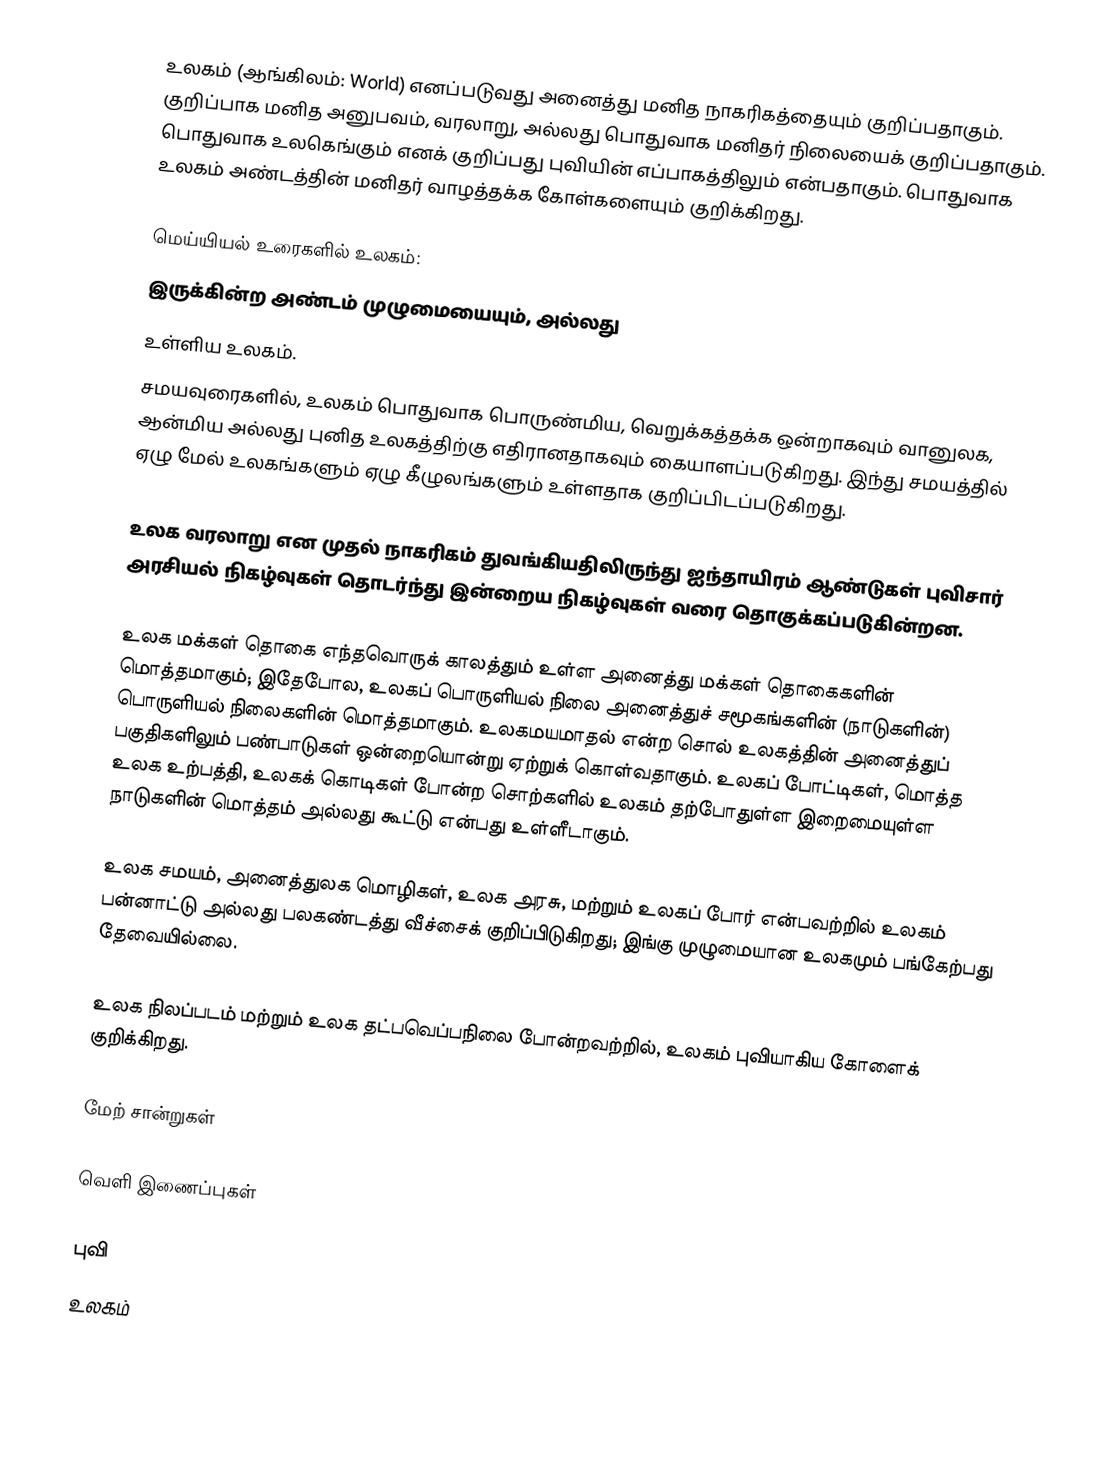
உலகம் (ஆங்கிலம்: World) எனப்படுவது அனைத்து மனித நாகரிகத்தையும் குறிப்பதாகும். குறிப்பாக மனித அனுபவம், வரலாறு, அல்லது பொதுவாக மனிதர் நிலையைக் குறிப்பதாகும்.  பொதுவாக உலகெங்கும் எனக் குறிப்பது புவியின் எப்பாகத்திலும் என்பதாகும்.  பொதுவாக உலகம் அண்டத்தின் மனிதர் வாழத்தக்க கோள்களையும் குறிக்கிறது.

மெய்யியல் உரைகளில் உலகம்:
  இருக்கின்ற அண்டம் முழுமையையும், அல்லது
 உள்ளிய உலகம்.
சமயவுரைகளில், உலகம் பொதுவாக பொருண்மிய, வெறுக்கத்தக்க ஒன்றாகவும் வானுலக, ஆன்மிய அல்லது புனித உலகத்திற்கு எதிரானதாகவும் கையாளப்படுகிறது.  இந்து சமயத்தில் ஏழு மேல் உலகங்களும் ஏழு கீழுலங்களும் உள்ளதாக குறிப்பிடப்படுகிறது.

உலக வரலாறு என முதல் நாகரிகம் துவங்கியதிலிருந்து ஐந்தாயிரம் ஆண்டுகள் புவிசார் அரசியல் நிகழ்வுகள் தொடர்ந்து இன்றைய நிகழ்வுகள் வரை தொகுக்கப்படுகின்றன.

உலக மக்கள் தொகை எந்தவொருக் காலத்தும் உள்ள அனைத்து மக்கள் தொகைகளின் மொத்தமாகும்; இதேபோல, உலகப் பொருளியல் நிலை அனைத்துச் சமூகங்களின் (நாடுகளின்) பொருளியல் நிலைகளின் மொத்தமாகும். உலகமயமாதல் என்ற சொல் உலகத்தின் அனைத்துப் பகுதிகளிலும் பண்பாடுகள் ஒன்றையொன்று ஏற்றுக் கொள்வதாகும். உலகப் போட்டிகள், மொத்த உலக உற்பத்தி, உலகக் கொடிகள் போன்ற சொற்களில் உலகம் தற்போதுள்ள இறைமையுள்ள நாடுகளின் மொத்தம் அல்லது கூட்டு என்பது உள்ளீடாகும்.

உலக சமயம், அனைத்துலக மொழிகள், உலக அரசு, மற்றும் உலகப் போர் என்பவற்றில் உலகம் பன்னாட்டு அல்லது பலகண்டத்து  வீச்சைக் குறிப்பிடுகிறது; இங்கு முழுமையான உலகமும் பங்கேற்பது தேவையில்லை.

உலக நிலப்படம் மற்றும் உலக தட்பவெப்பநிலை போன்றவற்றில், உலகம்  புவியாகிய கோளைக்  குறிக்கிறது.

மேற் சான்றுகள்

வெளி இணைப்புகள்

புவி
உலகம்